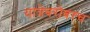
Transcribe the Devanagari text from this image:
यात्रेबरोबरच